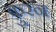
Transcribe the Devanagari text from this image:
क़ुरन